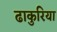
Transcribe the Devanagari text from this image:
ढाकुरिया